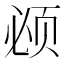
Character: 𬱚